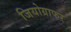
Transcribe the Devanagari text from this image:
जियोग्राफर